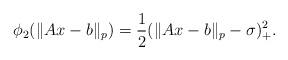
LaTeX: \begin{align*}\phi_2(\|Ax-b\|_p)=\frac{1}{2}(\|Ax-b\|_p-\sigma)_+^2.\end{align*}